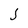
Character: J